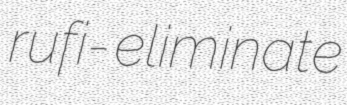
rufi- eliminate